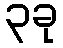
၃ခု